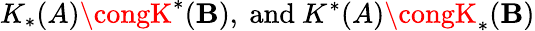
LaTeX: K_{*}(A)\congK^{*}(\mathbf{B}),\ \mathrm{{and}}\ K^{*}(A)\congK_{*}(\mathbf{B})